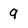
Character: q